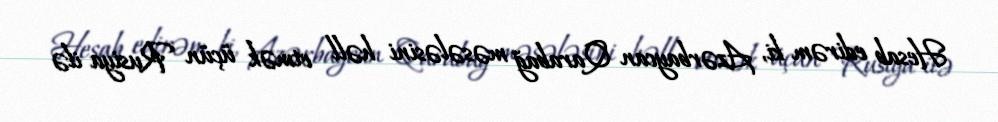
Hesab edirəm ki, Azərbaycan Qarabağ məsələsini həll etmək üçün Rusiya ilə